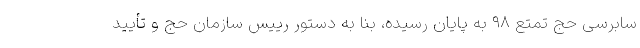
سابرسی حج تمتع ۹۸ به پایان رسیده، بنا به دستور رییس سازمان حج و تأیید